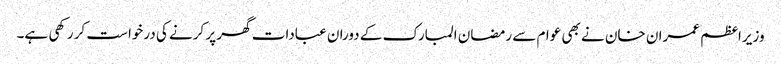
وزیراعظم عمران خان نے بھی عوام سے رمضان المبارک کے دوران عبادات گھر پر کرنے کی درخواست کر رکھی ہے۔